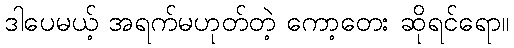
ဒါပေမယ့် အရက်မဟုတ်တဲ့ ကော့တေး ဆိုရင်ရော။